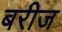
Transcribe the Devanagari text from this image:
बरीज